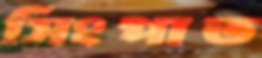
সিংপাত